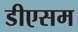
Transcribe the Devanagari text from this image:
डीएसम